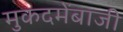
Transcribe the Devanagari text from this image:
मुकदमेंबाजी